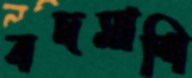
বদমাশি